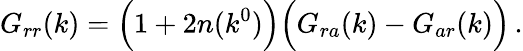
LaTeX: G_{rr}(k)=\Bigl(1+2n(k^{0})\Bigr)\Bigl(G_{ra}(k)-G_{ar}(k)\Bigr)\, .